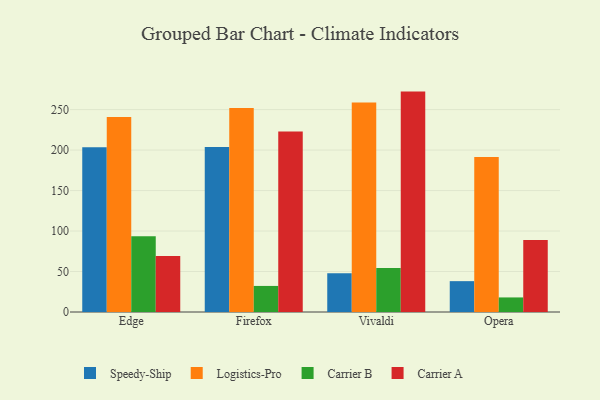
{"axis": {"x": "Browser", "y": "Energy Usage (MWh)"}, "legend": ["Carrier A", "Carrier B", "Logistics-Pro", "Speedy-Ship"], "data": [{"x": "Edge", "y": 203.6, "type": "Speedy-Ship"}, {"x": "Edge", "y": 240.7, "type": "Logistics-Pro"}, {"x": "Edge", "y": 93.6, "type": "Carrier B"}, {"x": "Edge", "y": 69.2, "type": "Carrier A"}, {"x": "Firefox", "y": 203.9, "type": "Speedy-Ship"}, {"x": "Firefox", "y": 251.8, "type": "Logistics-Pro"}, {"x": "Firefox", "y": 32.2, "type": "Carrier B"}, {"x": "Firefox", "y": 222.9, "type": "Carrier A"}, {"x": "Vivaldi", "y": 47.9, "type": "Speedy-Ship"}, {"x": "Vivaldi", "y": 258.7, "type": "Logistics-Pro"}, {"x": "Vivaldi", "y": 54.2, "type": "Carrier B"}, {"x": "Vivaldi", "y": 272.2, "type": "Carrier A"}, {"x": "Opera", "y": 38.1, "type": "Speedy-Ship"}, {"x": "Opera", "y": 191.3, "type": "Logistics-Pro"}, {"x": "Opera", "y": 18.0, "type": "Carrier B"}, {"x": "Opera", "y": 88.9, "type": "Carrier A"}]}